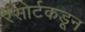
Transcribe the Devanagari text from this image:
रेसोर्टकडून